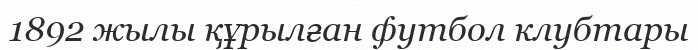
1892 жылы құрылған футбол клубтары